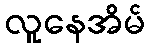
လူနေအိမ်